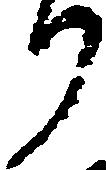
り